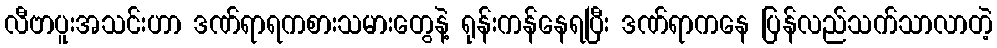
လီဗာပူးအသင်းဟာ ဒဏ်ရာရကစားသမားတွေနဲ့ ရုန်းကန်နေရပြီး ဒဏ်ရာကနေ ပြန်လည်သက်သာလာတဲ့